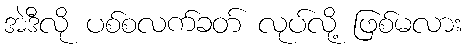
အဲဒီလို ပစ်စလက်ခတ် လုပ်လို့ ဖြစ်မလား